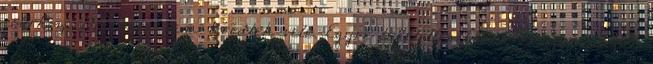
csűrhöz. Továbbra sem törődtek vele. Egyre tehetetlenebbnek érezte magát,